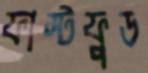
ফাস্টফুড